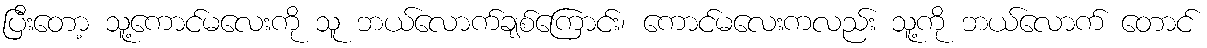
ပြီးတော့ သူ့ကောင်မလေးကို သူ ဘယ်လောက်ချစ်ကြောင်း၊ ကောင်မလေးကလည်း သူ့ကို ဘယ်လောက် တောင်